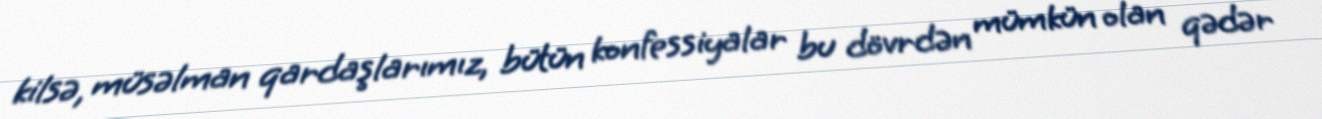
kilsə, müsəlman qardaşlarımız, bütün konfessiyalar bu dövrdən mümkün olan qədər